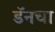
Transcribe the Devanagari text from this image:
डॅनचा